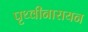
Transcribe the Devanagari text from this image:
पृथ्वीनारायन